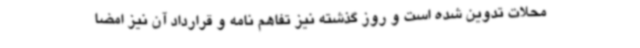
محلات تدوین شده است و روز گذشته نیز تفاهم نامه و قرارداد آن نیز امضا